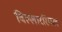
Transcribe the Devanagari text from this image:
विल्लाररियल